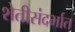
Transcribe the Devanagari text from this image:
शेतीसंदर्भात